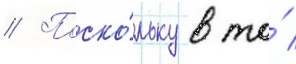
// Поско́льку в то́